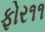
ફોર૧૧